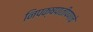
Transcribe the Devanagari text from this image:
निपक्षपातीपणाचे